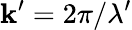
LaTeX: \mathbf{k}^{\prime}=2\pi/\lambda^{\prime}